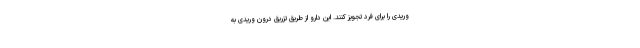
وریدی را برای فرد تجویز کنند. این دارو از طریق تزریق درون وریدی به